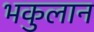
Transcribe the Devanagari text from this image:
भकुलान